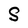
Character: S